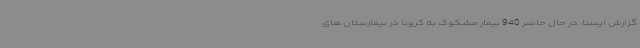
گزارش ایسنا، در حال حاضر 940 بیمار مشکوک به کرونا در بیمارستان های